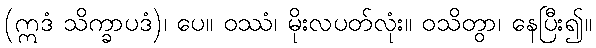
(ဣဒံ သိက္ခာပဒံ)၊ ပေ။ ဝဿံ၊ မိုးလပတ်လုံး။ ဝသိတွာ၊ နေပြီး၍။